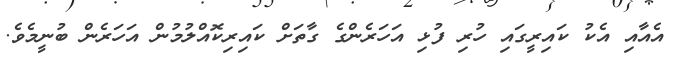
އެއާއި އެކު ކައިރީގައި ހުރި ފުޅި އަހަރެންގެ ގާތަށް ކައިރިކޮއްލުމުން އަހަރެން ބުނީމެވެ.